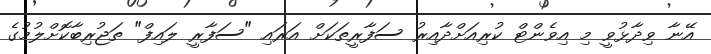
އޭނާ ވިދާޅުވީ މި އިވެންޓް ކުރިއަށްދާއިރު ސަފާރީތަކަށް އަރައި "ސަފާރީ ލައިފް" ތަޖުރިބާކޮށްލުމުގެ